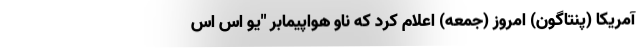
آمریکا (پنتاگون) امروز (جمعه) اعلام کرد که ناو هواپیمابر "یو اس اس